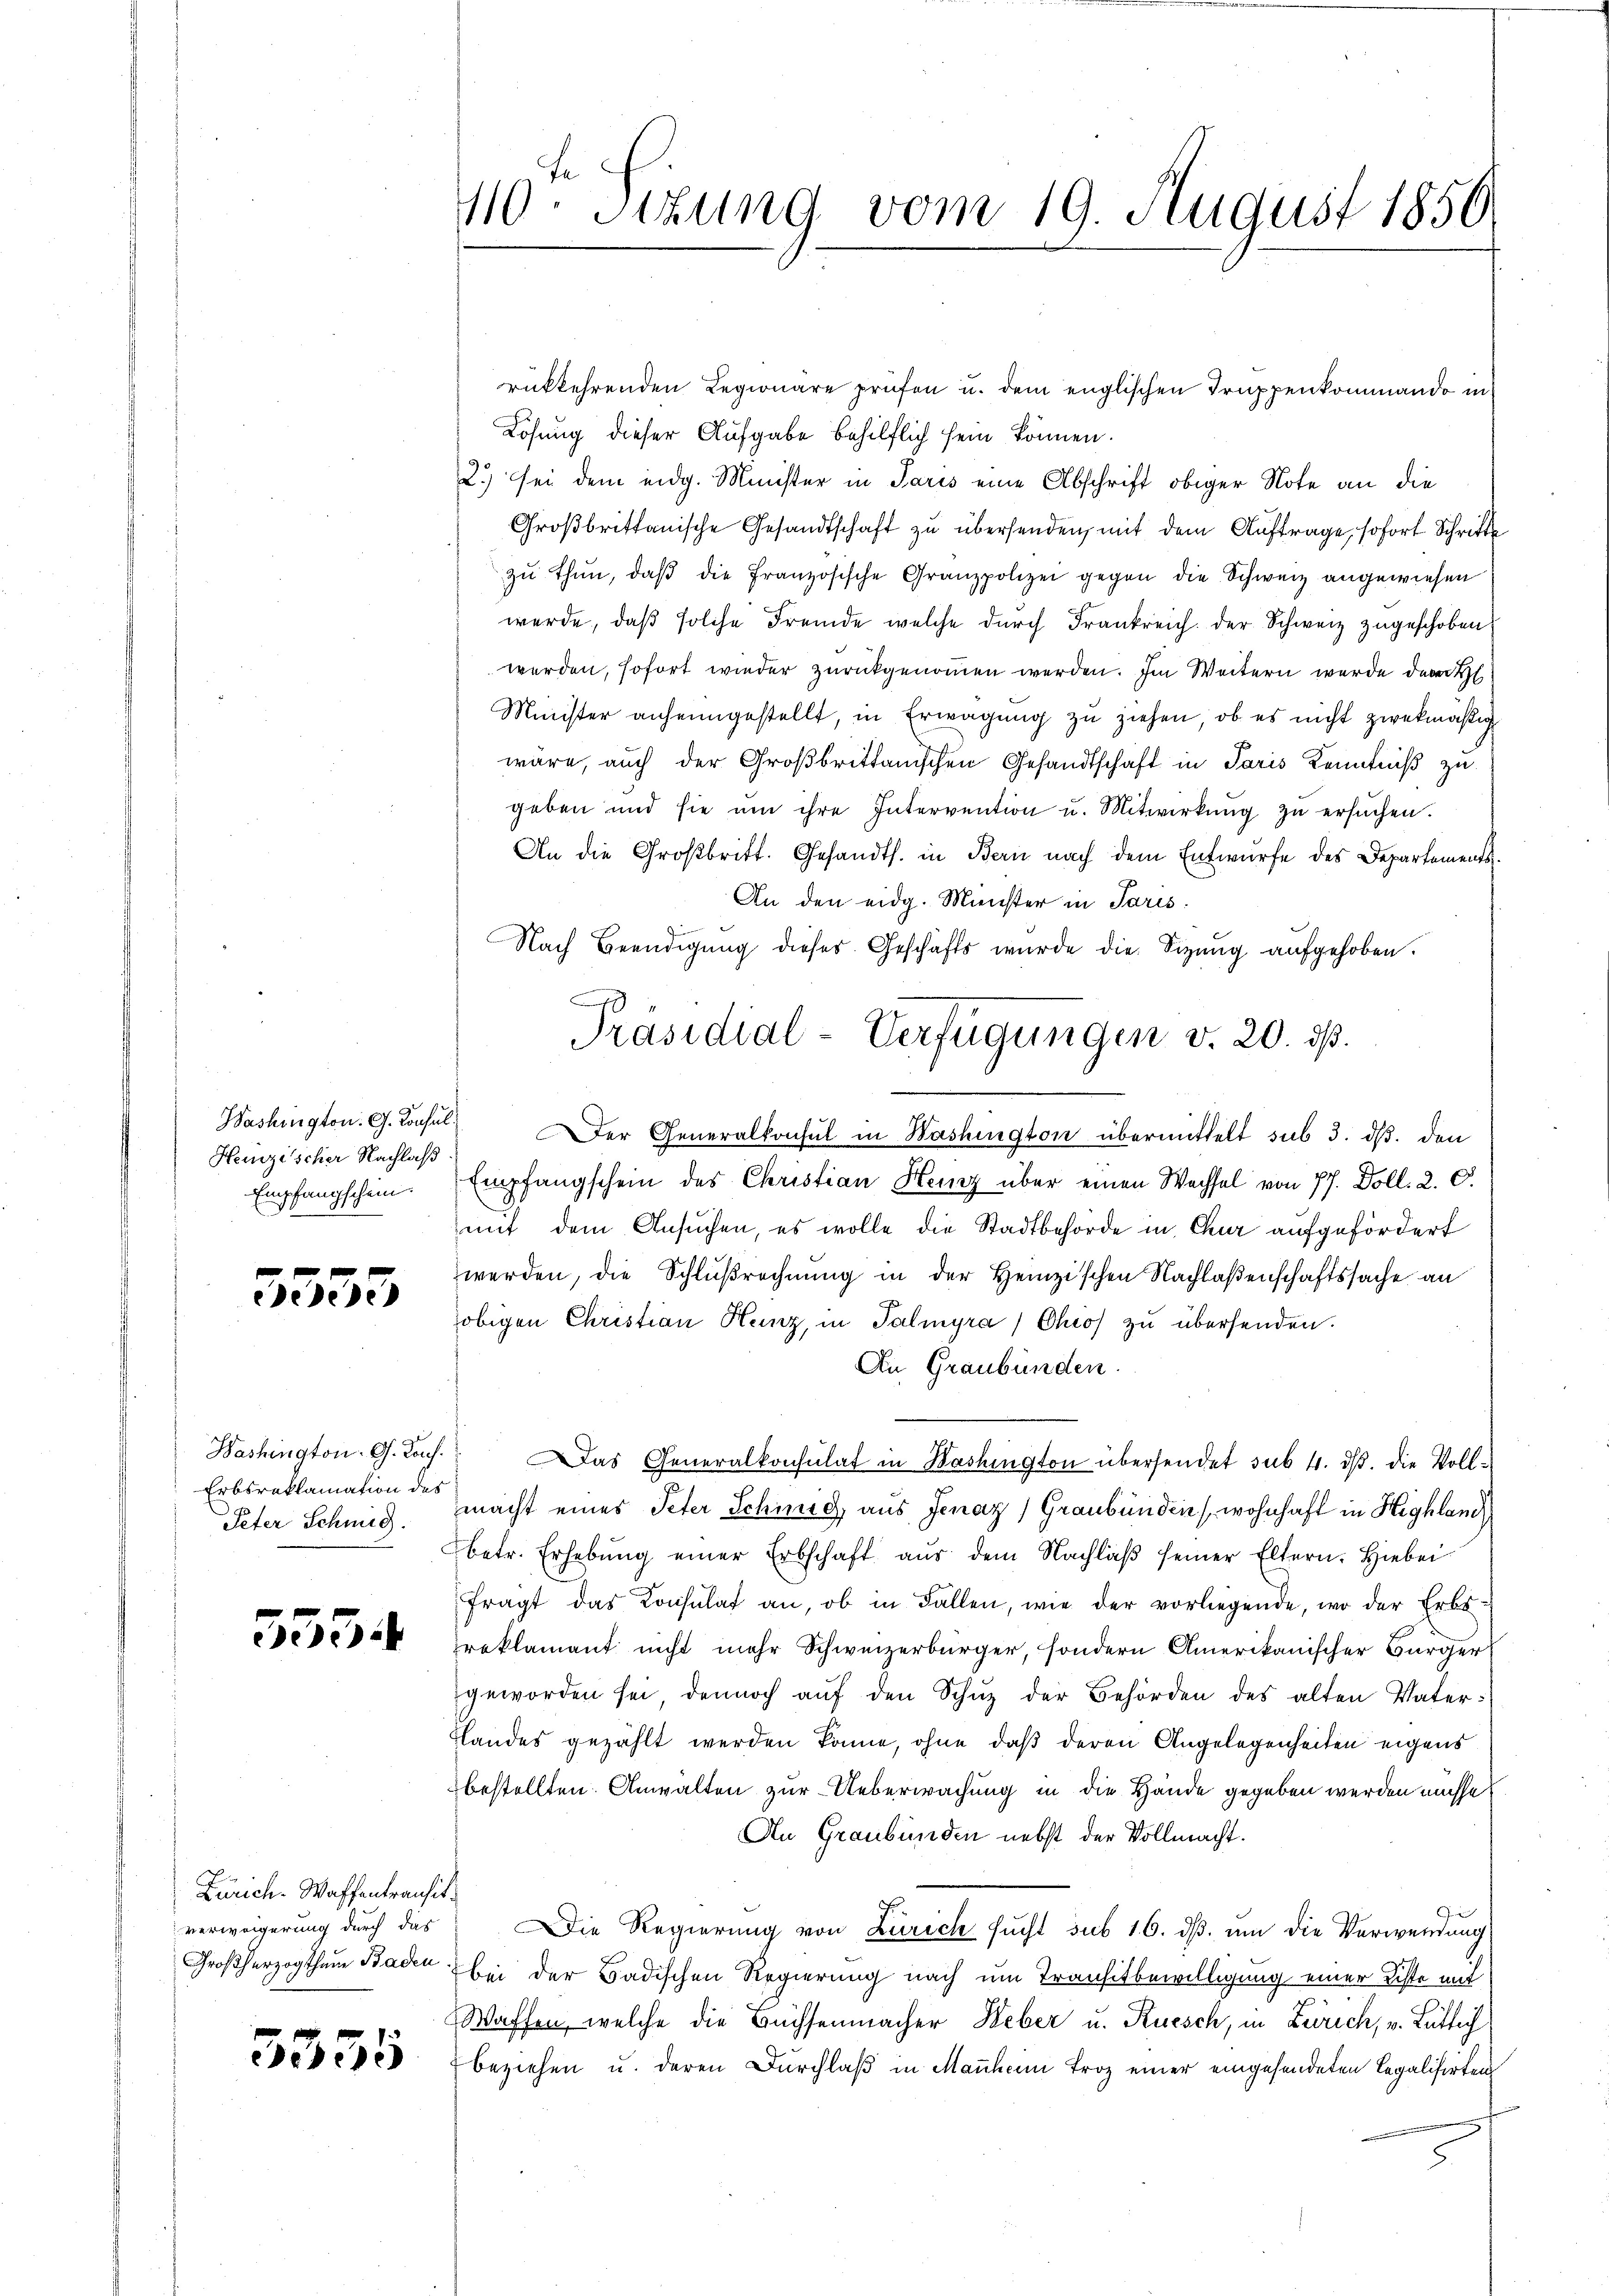
Heizischer Nachlaß
Empfangschein.

5555

Washington G. Porf.
Erbsreklamation des
Peter Schmid.

5554

Zürich. Waffentransit
verweigerung durch das
Großherzogthum Baden

5355

10. Sitzung vom 19. August 1850.

rükkehrenden Legionäre prüfen u. dem englischen Truppenkommando in
Losung dieser Aufgabe behilflich sein können.
2.) Sei dem eidg. Minister in Paris eine Abschrift obiger Note an die
Großbrittanische Gesandtschaft zu übersenden, mit dem Auftrage, sofort Schritte
zŭ thŭn, daβ die französische Granzpolizei gegen die Schweiz angewiesen
werde, daß solche Fremde, welche durch Frankreich der Schweiz zugeschoben
werden, sofort wieder zurückgenommen werden. Im Weitern wurde der H
Minister anheimgestellt, in Erwägung zu ziehen, ob es nicht zwekmäßig
wäre, auch der Großbrittanischen Gesandtschaft in Paris Kenntniß zu
geben und sie ŭm ihre Intervention u. Mitwirkŭng zŭ ersŭchen.
An die Großbritt. Gesandts. in Bern nach dem Entwurfe des Departements¬
An den eidg. Minister in Paris.
Nach Beendigung dieses Geschäfts wurde die Sizung aufgehoben.
Washington. G. Consul er Generalkonsul in Washington übermittelt sub 3. ds. den
Empfangschein des Christian Herz über einen Wachsel von 77. Doll. 2. d.
mit dem Ansuchen, es wolle die Stadtbehörde in Chur aufgefördert
werden, die Schlußrechnung in der Heinzischen Nachlaßenschaftssache an
obigen Christian Henz, in Palmyra/Chio zu übersenden.
An Graubünden.
 Das Generalkonsulat in Washington übersendet sub. 4. ds. die Vollmacht eines Peter Schmid, aus Jenaz, Graubünden (wohnhaft in Highland
betr. Erhebŭng einer Erbschaft aŭs dem Nachlaβ seiner Eltern. Hiebei
fragt das Konsulat an, ob in Fallen, wie der vorliegende, wo der Erbs-
roklamant nicht mehr Schweizerbürger, sondern Amerikanischer Bürger
geworden sei, dennoch aŭf den Schŭz der Behörden des alten Vater¬
Flandes gezählt werden könne, ohne daß deren Angelegenheiten eigens
bestellten. Anwalten zur Ueberwachung in die Hände gegeben werden müsse.
An Graubünden nebst der Vollmacht.
Die Regierung von Zürich sucht sub 16. dβ. um die Verwendung
bei der Badischen Regierung nach um Transtbewilligung einer achte mit
Waffen, welche die Büchsenmacher Heber u. Rüesch, in Zürich, v. Bütlich
beziehen u. deren Durchlaß in Manheim Troz einer eingesendeten Legalisirten

Präsidial-Verfügungen v. 20. ds.
e